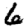
Digit: 6